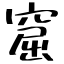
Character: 窟